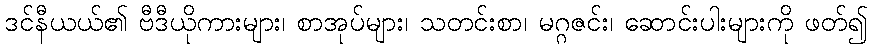
ဒင်နီယယ်၏ ဗီဒီယိုကားများ၊ စာအုပ်များ၊ သတင်းစာ၊ မဂ္ဂဇင်း၊ ဆောင်းပါးများကို ဖတ်၍